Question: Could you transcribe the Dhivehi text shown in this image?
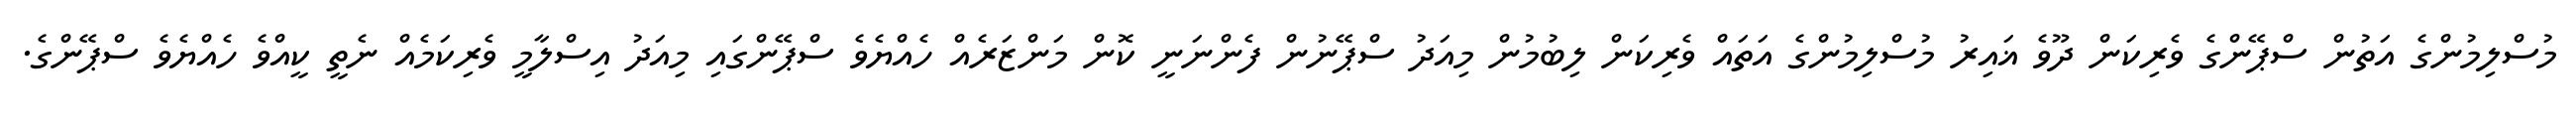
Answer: މުސްލިމުންގެ އަތުން ސްޕޭންގެ ވެރިކަން ދޫވެ ޣައިރު މުސްލިމުންގެ އަތައް ވެރިކަން ލިބުމުން މިއަދު ސްޕޭނުން ފެންނަނީ ކޮން މަންޒަރެއް ހެއްޔެވެ ސްޕޭންގައި މިއަދު އިސްލާމީ ވެރިކަމެއް ނެތީ ކީއްވެ ހެއްޔެވެ ސްޕޭންގެ.